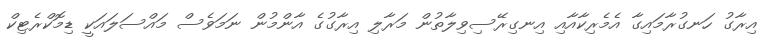
އިރާގު ހަނގުރާމައިގާ އެމެރިކާއާއި އިނގިރޭސިވިލާތުން މަރާލި އިރާގުގެ އާންމުން ނަމަވެސް މައްސަލައަކީ ޑިމޮކްރެޓިކް